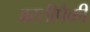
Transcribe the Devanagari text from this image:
वस्तीपैकी